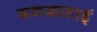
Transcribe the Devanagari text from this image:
सकळाठाई